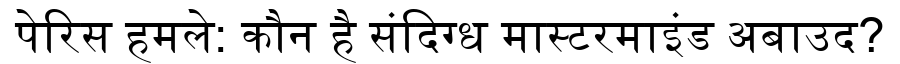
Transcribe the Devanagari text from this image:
पेरिस हमले: कौन है संदिग्ध मास्टरमाइंड अबाउद?